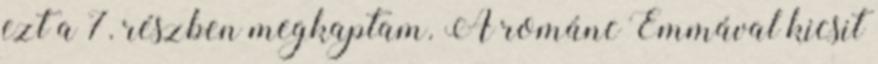
ezt a 7. részben megkaptam. A románc Emmával kicsit